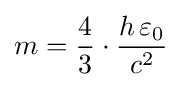
m={\frac {4}{3}}\cdot {\frac {h\,\varepsilon _{0}}{c^{2}}}